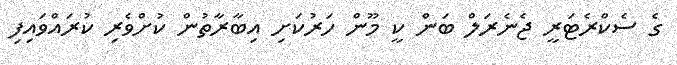
ގެ ސެކްރެޓަރީ ޖެނެރަލް ބަން ކީ މޫން ހަރުކަށި އިބާރާތުން ކުށްވެރި ކުރައްވައިފި